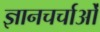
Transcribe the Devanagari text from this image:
ज्ञानचर्चाओं